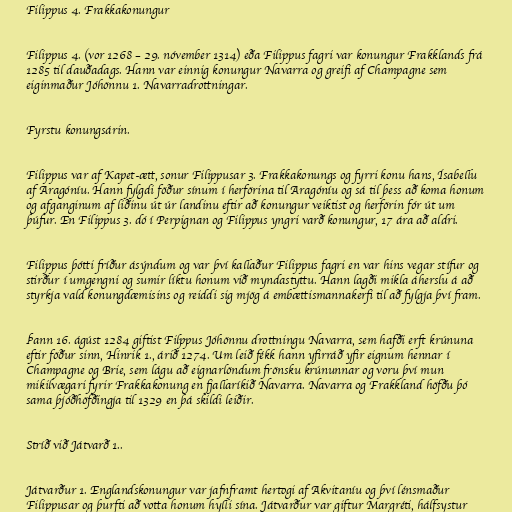
Filippus 4. Frakkakonungur

Filippus 4. (vor 1268 – 29. nóvember 1314) eða Filippus fagri var konungur Frakklands frá
1285 til dauðadags. Hann var einnig konungur Navarra og greifi af Champagne sem
eiginmaður Jóhönnu 1. Navarradrottningar.

Fyrstu konungsárin.

Filippus var af Kapet-ætt, sonur Filippusar 3. Frakkakonungs og fyrri konu hans, Ísabellu
af Aragóníu. Hann fylgdi föður sínum í herförina til Aragóníu og sá til þess að koma honum
og afganginum af liðinu út úr landinu eftir að konungur veiktist og herförin fór út um
þúfur. En Filippus 3. dó í Perpignan og Filippus yngri varð konungur, 17 ára að aldri.

Filippus þótti fríður ásýndum og var því kallaður Filippus fagri en var hins vegar stífur og
stirður í umgengni og sumir líktu honum við myndastyttu. Hann lagði mikla áherslu á að
styrkja vald konungdæmisins og reiddi sig mjög á embættismannakerfi til að fylgja því fram.

Þann 16. ágúst 1284 giftist Filppus Jóhönnu drottningu Navarra, sem hafði erft krúnuna
eftir föður sinn, Hinrik 1., árið 1274. Um leið fékk hann yfirráð yfir eignum hennar í
Champagne og Brie, sem lágu að eignarlöndum frönsku krúnunnar og voru því mun
mikilvægari fyrir Frakkakonung en fjallaríkið Navarra. Navarra og Frakkland höfðu þó
sama þjóðhöfðingja til 1329 en þá skildi leiðir.

Stríð við Játvarð 1..

Játvarður 1. Englandskonungur var jafnframt hertogi af Akvitaníu og því lénsmaður
Filippusar og þurfti að votta honum hylli sína. Játvarður var giftur Margréti, hálfsystur